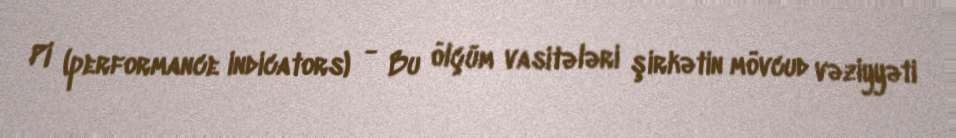
PI (performance indicators) - Bu ölçüm vasitələri şirkətin mövcud vəziyyəti